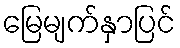
မြေမျက်နှာပြင်